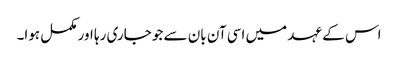
اس کے عہد میں اسی آن بان سے جو جاری رہا اور مکمل ہوا۔